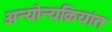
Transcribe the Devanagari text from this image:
अन्योन्यक्रियांत